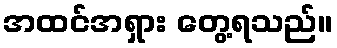
အထင်အရှား တွေ့ရသည်။